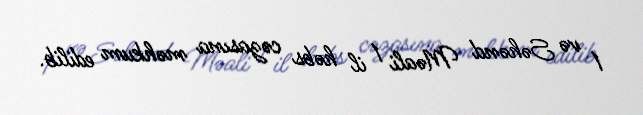
1 və Səhənd Məali 1 il həbs cəzasına məhkum edilib.